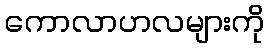
ကောလာဟလများကို